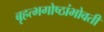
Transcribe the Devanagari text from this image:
बृहत्भगोष्ठांभोवती